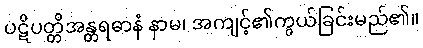
ပဋိပတ္တိအန္တရဓာနံ နာမ၊ အကျင့်၏ကွယ်ခြင်းမည်၏။